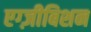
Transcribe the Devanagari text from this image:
एग्ज़ीबिशन